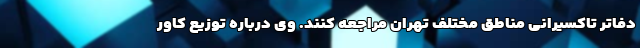
دفاتر تاکسیرانی مناطق مختلف تهران مراجعه کنند. وی درباره توزیع کاور